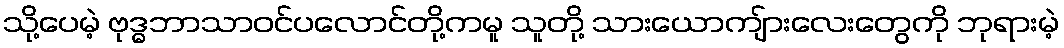
သို့ပေမဲ့ ဗုဒ္ဓဘာသာဝင်ပလောင်တို့ကမူ သူတို့ သားယောကျ်ားလေးတွေကို ဘုရားမဲ့